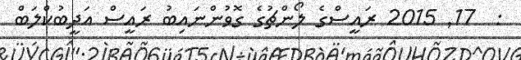
:  17